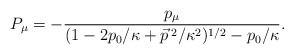
\begin{align*}P_{\mu}=-\frac{p_{\mu}}{(1-2p_{0}/\kappa +\vec{p}^{\;2}/\kappa^2)^{1/2}-p_{0}/\kappa}.\end{align*}